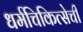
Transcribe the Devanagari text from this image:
धर्मचिकित्सेची